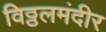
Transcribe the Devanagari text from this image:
विठ्ठलमंदीर